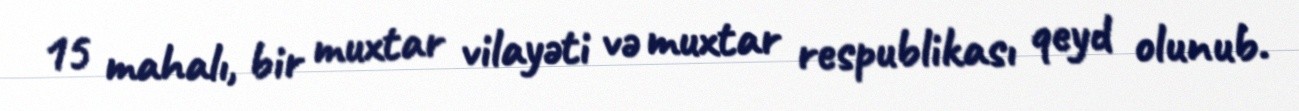
15 mahalı, bir muxtar vilayəti və muxtar respublikası qeyd olunub.